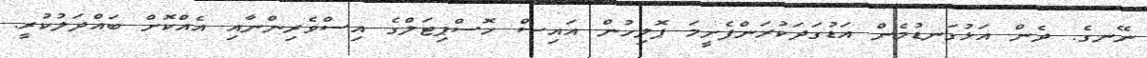
ނޭނގެ. ދެން އަޅުގަނޑުމެން އަޑުގަދަކުރަންފެށީމަ ޕޮލިހުން އައިސް ހޮސްޕިޓަލްގެ އިސްވެރިންނާއި އެއްކޮށް ބައްދަލުކުރީ.